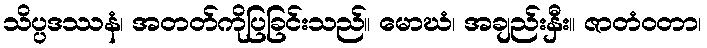
သိပ္ပဒဿနံ၊ အတတ်ကိုပြခြင်းသည်။ မောဃံ၊ အချည်းနှီး။ ဇာတံဝတာ၊